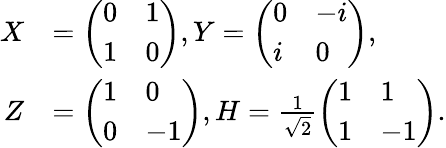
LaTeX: \begin{array}{rl}{X}&{=\left(\begin{array}{ll}{0}&{1}\\ {1}&{0}\end{array}\right),Y=\left(\begin{array}{ll}{0}&{-i}\\ {i}&{0}\end{array}\right),}\\ {Z}&{=\left(\begin{array}{ll}{1}&{0}\\ {0}&{-1}\end{array}\right),H=\frac{1}{\sqrt{2}}\left(\begin{array}{ll}{1}&{1}\\ {1}&{-1}\end{array}\right).}\end{array}